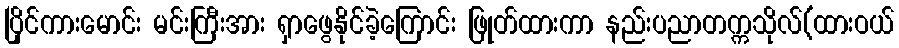
ပြိုင်ကားမောင်း မင်းကြီးအား ရှာဖွေနိုင်ခဲ့ကြောင်း ဖြုတ်ထားကာ နည်းပညာတက္ကသိုလ်(ထားဝယ်